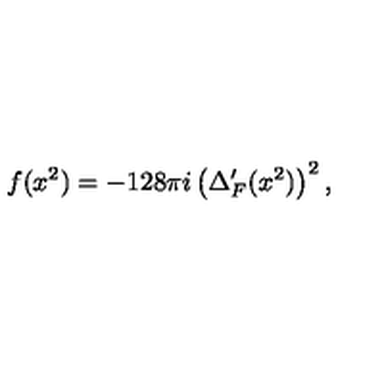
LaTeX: f ( x ^ { 2 } ) = - 1 2 8 \pi i \left( \Delta _ { F } ^ { \prime } ( x ^ { 2 } ) \right) ^ { 2 } ,